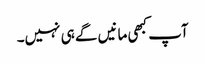
آپ کبھی مانیں گے ہی نہیں۔